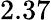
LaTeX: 2.37